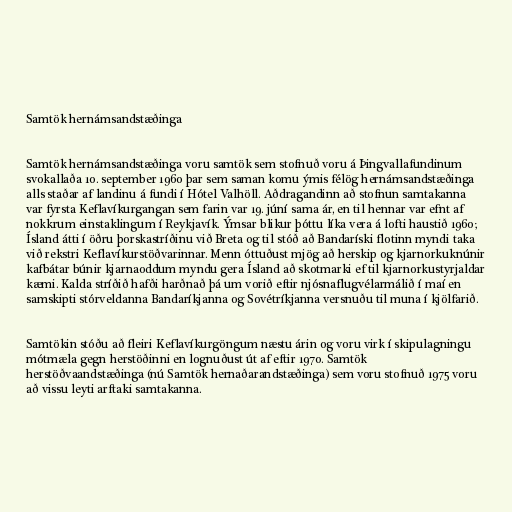
Samtök hernámsandstæðinga

Samtök hernámsandstæðinga voru samtök sem stofnuð voru á Þingvallafundinum
svokallaða 10. september 1960 þar sem saman komu ýmis félög hernámsandstæðinga
alls staðar af landinu á fundi í Hótel Valhöll. Aðdragandinn að stofnun samtakanna
var fyrsta Keflavíkurgangan sem farin var 19. júní sama ár, en til hennar var efnt af
nokkrum einstaklingum í Reykjavík. Ýmsar blikur þóttu líka vera á lofti haustið 1960;
Ísland átti í öðru þorskastríðinu við Breta og til stóð að Bandaríski flotinn myndi taka
við rekstri Keflavíkurstöðvarinnar. Menn óttuðust mjög að herskip og kjarnorkuknúnir
kafbátar búnir kjarnaoddum myndu gera Ísland að skotmarki ef til kjarnorkustyrjaldar
kæmi. Kalda stríðið hafði harðnað þá um vorið eftir njósnaflugvélarmálið í maí en
samskipti stórveldanna Bandaríkjanna og Sovétríkjanna versnuðu til muna í kjölfarið.

Samtökin stóðu að fleiri Keflavíkurgöngum næstu árin og voru virk í skipulagningu
mótmæla gegn herstöðinni en lognuðust út af eftir 1970. Samtök
herstöðvaandstæðinga (nú Samtök hernaðarandstæðinga) sem voru stofnuð 1975 voru
að vissu leyti arftaki samtakanna.